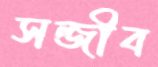
সন্জীব